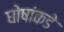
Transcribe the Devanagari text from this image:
घोषांकडे